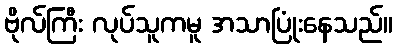
ဗိုလ်ကြီး လုပ်သူကမူ အသာပြုံးနေသည်။